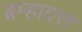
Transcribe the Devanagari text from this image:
ब्रम्हादत्त